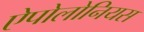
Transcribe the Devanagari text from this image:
ऐपोलोनियस